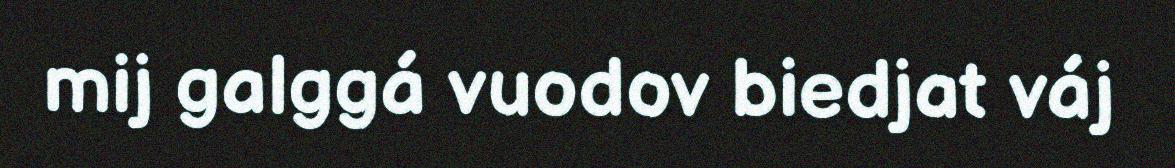
mij galggá vuodov biedjat váj